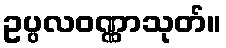
ဥပ္ပလဝဏ္ဏာသုတ်။